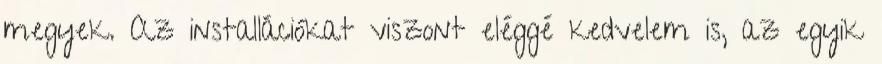
megyek. Az installációkat viszont eléggé kedvelem is, az egyik